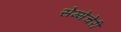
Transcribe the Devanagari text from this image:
सेम्मेंचेरी